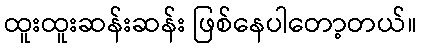
ထူးထူးဆန်းဆန်း ဖြစ်နေပါတော့တယ်။